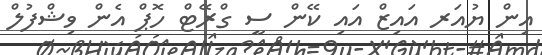
އިން ޔުއަރ އައިޒް އައި ކޭން ސީ ގްރޭޓް ހޮޕް އެން ވިޝްފުލް